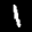
Label: 1